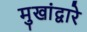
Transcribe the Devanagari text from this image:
मुखांद्वारे